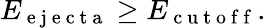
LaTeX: E_{\mathrm{~e~j~e~c~t~a~}}\geq E_{\mathrm{~c~u~t~o~f~f~}}.